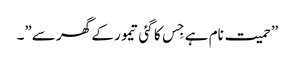
”حمیت نام ہے جِس کا گئی تیمور کے گھر سے”۔